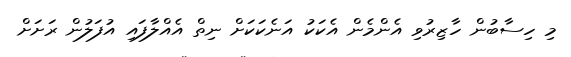
މި ހިސާބުން ހާޒިރުވި އެންމެން އެކަކު އަނެކަކަށް ނިތް އެއްލާފައި އުފަލުން ރަށަށް